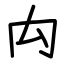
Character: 禸